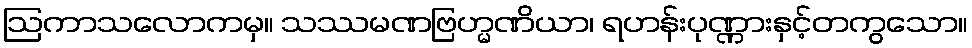
ဩကာသလောကမှ။ သဿမဏဗြဟ္မဏိယာ၊ ရဟန်းပုဏ္ဏားနှင့်တကွသော။